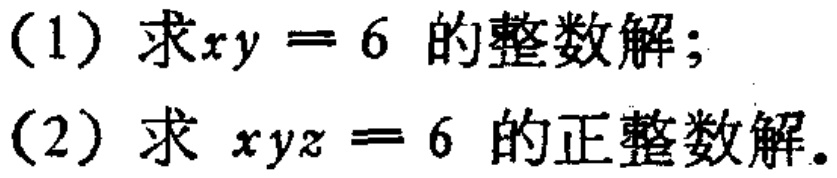
(1) 求\(xy = 6\) 的整数解；
(2) 求 \(xyz = 6\) 的正整数解。